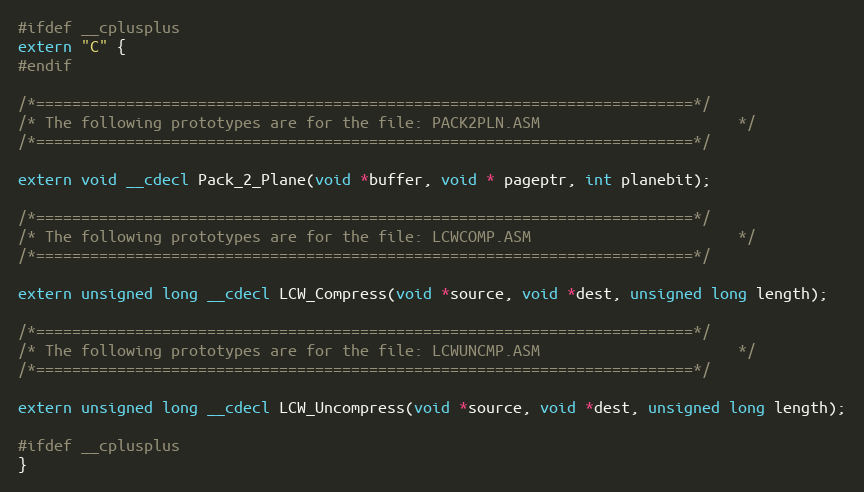
Language: C
#ifdef __cplusplus
extern "C" {
#endif

/*=========================================================================*/
/* The following prototypes are for the file: PACK2PLN.ASM						*/
/*=========================================================================*/

extern void __cdecl Pack_2_Plane(void *buffer, void * pageptr, int planebit);

/*=========================================================================*/
/* The following prototypes are for the file: LCWCOMP.ASM						*/
/*=========================================================================*/

extern unsigned long __cdecl LCW_Compress(void *source, void *dest, unsigned long length);

/*=========================================================================*/
/* The following prototypes are for the file: LCWUNCMP.ASM						*/
/*=========================================================================*/

extern unsigned long __cdecl LCW_Uncompress(void *source, void *dest, unsigned long length);

#ifdef __cplusplus
}